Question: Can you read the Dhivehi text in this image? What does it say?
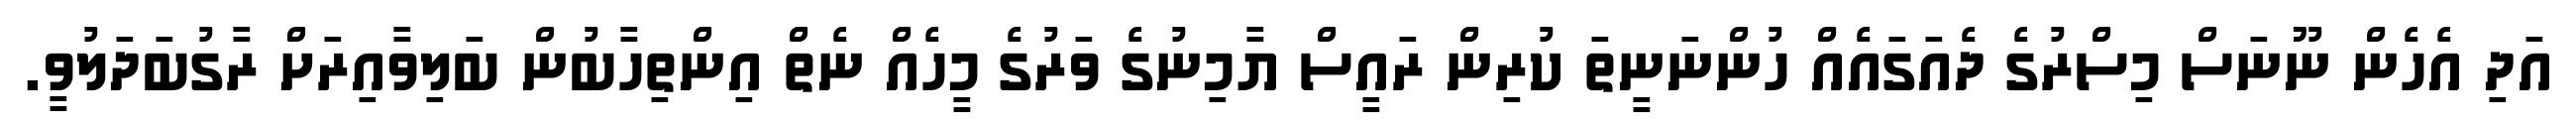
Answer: އަދި އެހެން ނޫނަސް މިސްރުގެ ދެއަގައެއް ހުންނަނީތަ ކުރިން ރައީސް ޔާމިނުގެ ވަރުގެ މީހެއް ނެތް އިންތިހާބުން ބަލިވާއިރަށް ރާގުބަދަލުވީ.